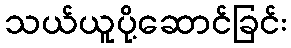
သယ်ယူပို့ဆောင်ခြင်း